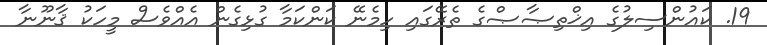
19. ކައުންސިލުގެ އިޚްތިޞާޞްގެ ތެރޭގައި ހިމެނޭ ކަންކަމާ ގުޅިގެން އެއްވެސް މީހަކު ޤާނޫނާ